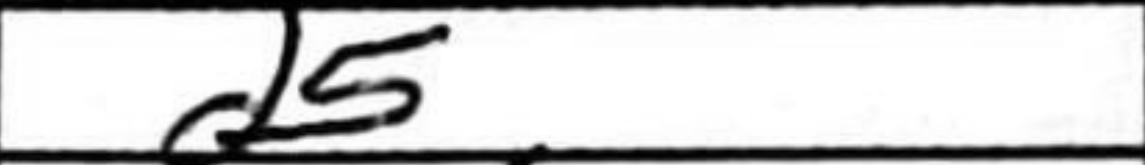
Transcription: d5